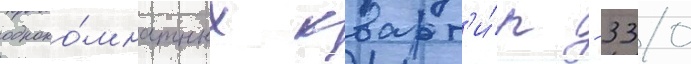
одноко́мнатных кварт'и́р - 330